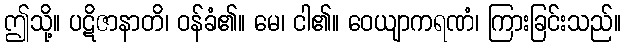
ဤသို့။ ပဋိဇာနာတိ၊ ဝန်ခံ၏။ မေ၊ ငါ၏။ ဝေယျာကရဏံ၊ ကြားခြင်းသည်။